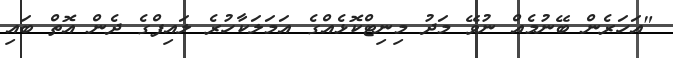
"އަހަރެން ބޭނުމެއް ނުވޭ މަދު މިނިޓްކޮޅެއްގެ އަމަލަކާހުރެ ލައިފްގެ ދެން އޮތް ބައި